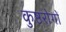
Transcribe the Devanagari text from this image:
कुष्ठरोगों